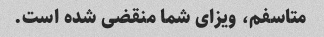
متاسفم، ویزای شما منقضی شده است.